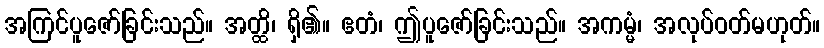
အကြင်ပူဇော်ခြင်းသည်။ အတ္ထိ၊ ရှိ၏။ ဧတံ၊ ဤပူဇော်ခြင်းသည်။ အကမ္မံ၊ အလုပ်ဝတ်မဟုတ်။